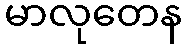
မာလုတေန